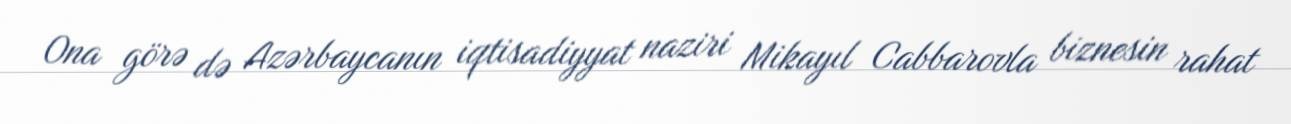
Ona görə də Azərbaycanın iqtisadiyyat naziri Mikayıl Cabbarovla biznesin rahat